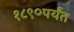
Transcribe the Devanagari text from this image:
१८९०पर्यंत